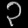
Digit: ၃